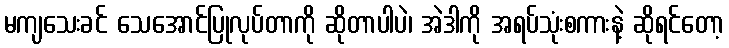
မကျသေးခင် သေအောင်ပြုလုပ်တာကို ဆိုတာပါပဲ၊ အဲဒါကို အရပ်သုံးစကားနဲ့ ဆိုရင်တော့